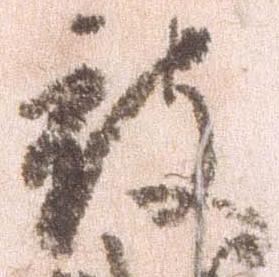
被